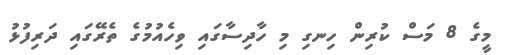
މީގެ 8 މަސް ކުރިން ހިނގި މި ހާދިސާގައި ވިހެއުމުގެ ތެރޭގައި ދަރިފުޅު